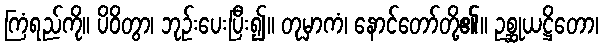
ကြံရည်ကို။ ပိဝိတွာ၊ ဘုဉ်းပေးပြီး၍။ တုမှာကံ၊ နောင်တော်တို့၏။ ဥစ္ဆုယဋ္ဌိတော၊